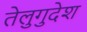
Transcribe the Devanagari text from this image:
तेलुगुदेश